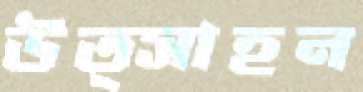
উত্সাহন